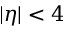
| \eta | < 4